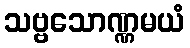
သဗ္ဗသောဏ္ဏမယံ